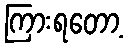
ကြားရတော့